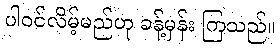
ပါဝင်လိမ့်မည်ဟု ခန့်မှန်း ကြသည်။